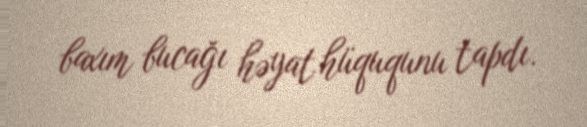
baxım bucağı həyat hüququnu tapdı.